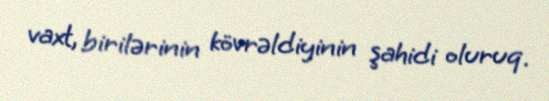
vaxt, birilərinin kövrəldiyinin şahidi oluruq.